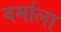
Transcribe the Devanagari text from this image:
वर्माला